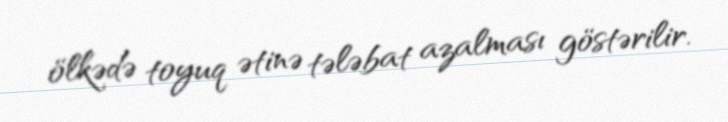
ölkədə toyuq ətinə tələbat azalması göstərilir.